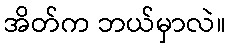
အိတ်က ဘယ်မှာလဲ။